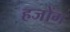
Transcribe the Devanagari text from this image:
हजोंग